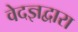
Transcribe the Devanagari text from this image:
वेदज्ञद्वारा